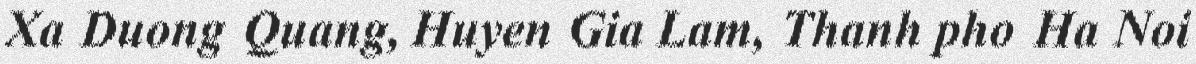
Xa Duong Quang, Huyen Gia Lam, Thanh pho Ha Noi